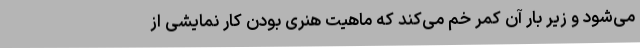
می‌شود و زیر بار آن کمر خم می‌کند که ماهیت هنری بودن کار نمایشی از